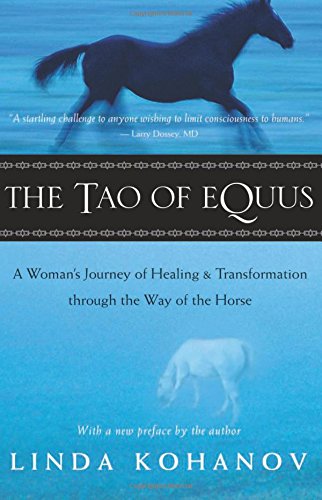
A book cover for The Tao of Equus: A Woman's Journey of Healing and Transformation through the Way of the Horse; Linda Kohanov; Crafts, Hobbies & Home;